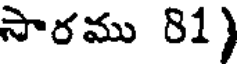
సారము 81)